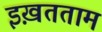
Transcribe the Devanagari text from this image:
इख़तताम